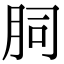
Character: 䏤